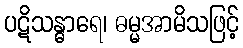
ပဋိသန္ဓာရေ၊ ဓမ္မအာမိသဖြင့်